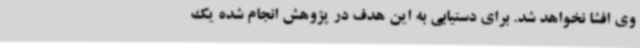
وی افشا نخواهد شد. برای دستیابی به این هدف در پژوهش انجام شده یک